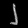
Digit: ၂